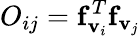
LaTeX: O_{ij}={\mathbf f}_{{\mathbf v}_{i}}^{T}{\mathbf f}_{{\mathbf v}_{j}}